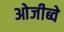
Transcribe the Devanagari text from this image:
ओजीब्वे